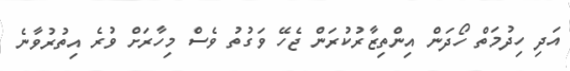
އަދި ހިދުމަތް ހޯދަން އިންތިޒާރުކުރަން ޖެހޭ ވަގުތު ވެސް މިހާރަށް ވުރެ އިތުރުވާނެ